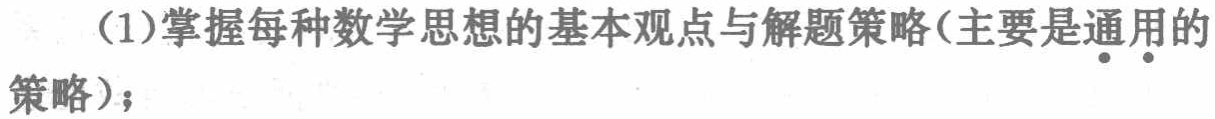
（1）掌握每种数学思想的基本观点与解题策略(主要是通\textbf{用}的策略)；